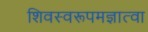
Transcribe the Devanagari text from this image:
शिवस्वरूपमज्ञात्वा